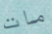
مات